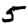
Digit: 5